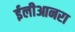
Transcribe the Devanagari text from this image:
ईलीआनरा